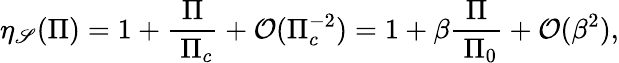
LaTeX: \eta_{\mathscr{S}}(\Pi)=1+\frac{{\Pi}}{{\; \Pi_{c}}}+\mathcal{{O}}(\Pi_{c}^{-2})=1+\beta\frac{{\Pi}}{{\; \Pi_{0}}}+\mathcal{{O}}(\beta^{2}),